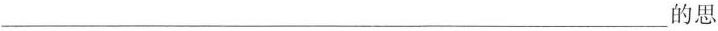
___的思